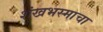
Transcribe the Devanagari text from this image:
शंखभस्माचा